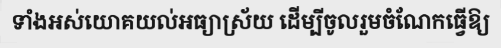
ទាំងអស់យោគយល់អធ្យាស្រ័យ ដើម្បីចូលរួមចំណែកធ្វើឱ្យ